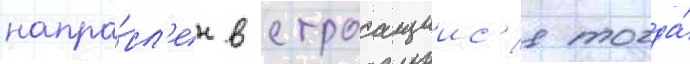
напра́вл'ен в строащиис'я тогда́